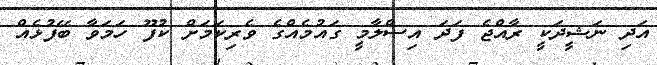
އަދި ނަޝީދަކީ ރާއްޖެ ފަދަ އިސްލާމީ ގައުމެއްގެ ވެރިކަމަށް ކުފޫ ހަމަވާ ބޭފުޅެއް